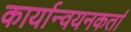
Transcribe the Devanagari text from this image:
कार्यान्वयनकर्ता